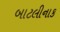
બાટલીનાક